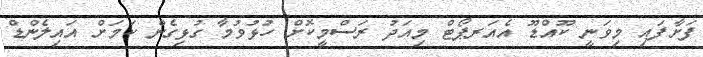
ފަށާފައި މިވަނީ ކޫއްޑޫ އެއަރޕޯޓް މިއަދު ރަސްމީކޮށް ހުޅުވުމާ ގުޅިގެން ކަމަށް އައިލެންޑް